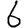
Digit: 6